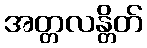
အတ္တလန္တိတ်